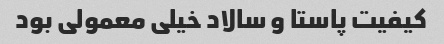
کیفیت پاستا و سالاد خیلی معمولی بود